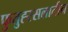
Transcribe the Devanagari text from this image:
फुतुह्स्सलातीन